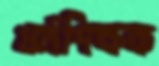
ধর্মশিক্ষক